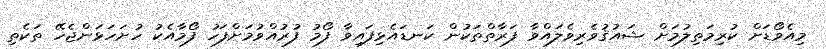
މިއެވޯޑަށް ކުރިމަތިލުމަށް ޝައުޤުވެރިވެލައްވާ ފަރާތްތަކުން ކަނޑައެޅިފައިވާ ފޯމު ފުރުއްވުމަށްފަހު ފޯމާއެކު ހުށަހަޅަންޖެހޭ ތަކެތި